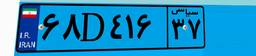
۶۸D۴۱۶۳۷